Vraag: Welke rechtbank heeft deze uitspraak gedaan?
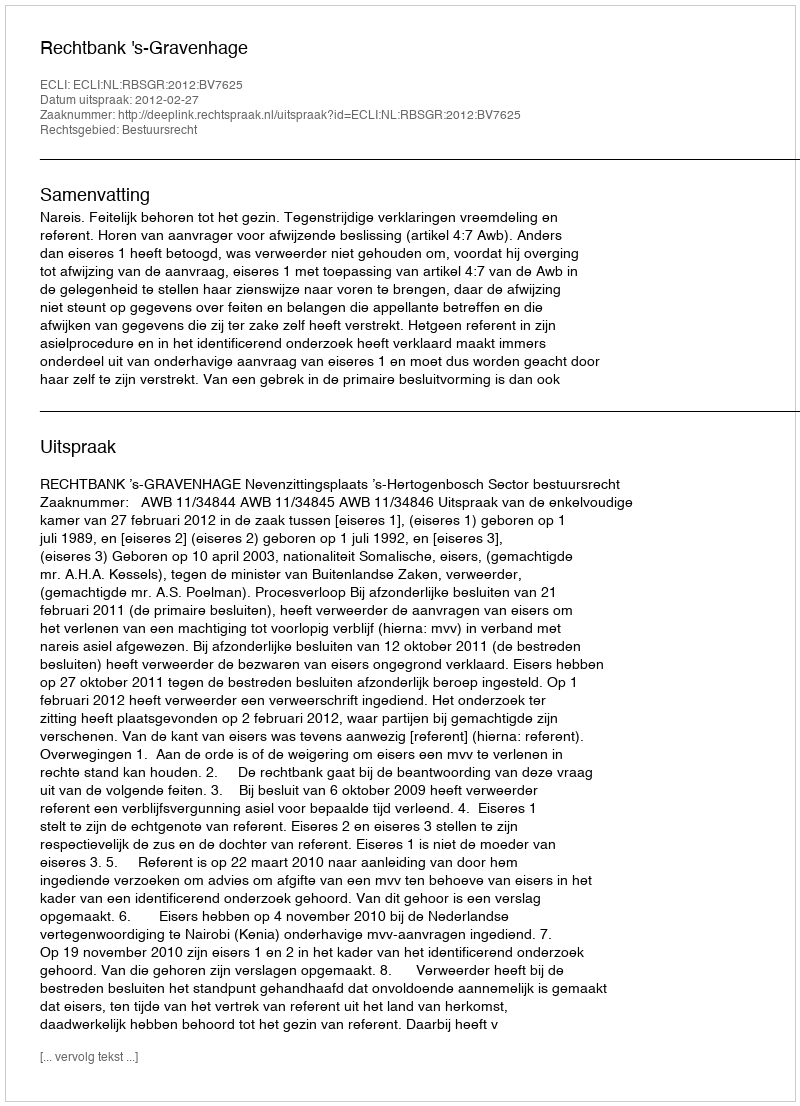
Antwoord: Rechtbank 's-Gravenhage